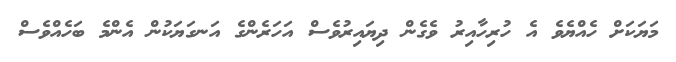
މަޔަކަށް ހެއްޔެވެ އެ ހުރިހާއިރު ވެގެން ދިޔައިރުވެސް އަހަރެންގެ އަނގަޔަކުން އެންމެ ބަހެއްވެސް